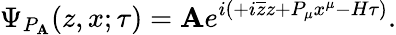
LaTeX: \Psi_{P_{\mathbf{A}}}(z,x;\tau)=\mathbf{A}e^{i\left(+i\overline{{{{z}}}}z+P_{\mu}x^{\mu}-H\tau\right)}.